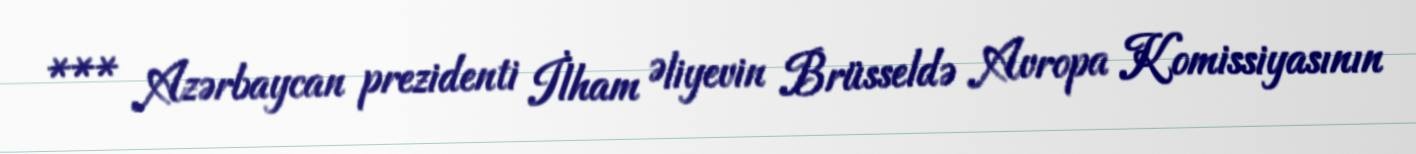
*** Azərbaycan prezidenti İlham Əliyevin Brüsseldə Avropa Komissiyasının